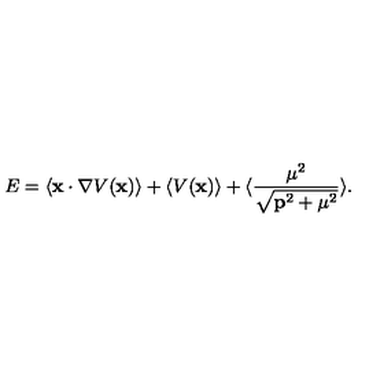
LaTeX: E = \langle { \bf x } \cdot \nabla V ( { \bf x } ) \rangle + \langle V ( { \bf x } ) \rangle + \langle { \frac { { \mu } ^ { 2 } } { \sqrt { { \bf p } ^ { 2 } + { \mu } ^ { 2 } } } } \rangle .